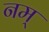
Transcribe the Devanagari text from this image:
नम्‌